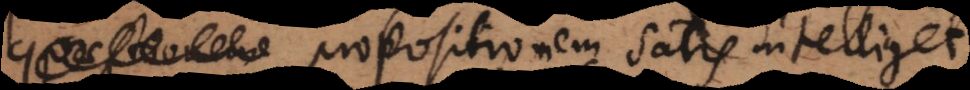
propositionem satis intelliget,